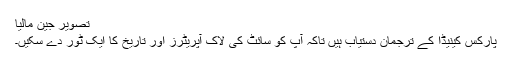
تصویر جین مالیا
پارکس کینیڈا کے ترجمان دستیاب ہیں تاکہ آپ کو سائٹ کی لاک آپریٹرز اور تاریخ کا ایک ٹور دے سکیں۔